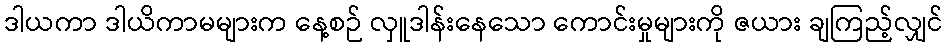
ဒါယကာ ဒါယိကာမများက နေ့စဉ် လှူဒါန်းနေသော ကောင်းမှုများကို ဇယား ချကြည့်လျှင်